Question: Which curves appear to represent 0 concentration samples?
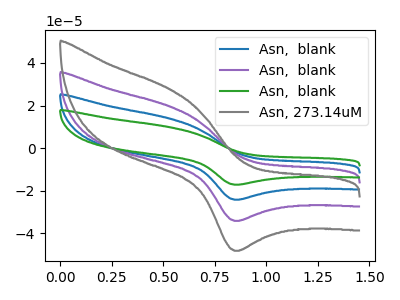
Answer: <think>The blue curve "Asn,  blank" has an anodic peak at (0.55V, 38.80uA) and a cathodic peak at (0.85V, -68.15uA). The purple curve "Asn,  blank" has an anodic peak at (0.55V, 19.40uA) and a cathodic peak at (0.85V, -34.10uA). The green curve "Asn,  blank" has an anodic peak at (0.55V, 58.20uA) and a cathodic peak at (0.85V, -102.25uA). The gray curve "Asn, 273.14uM" has an anodic peak at (0.55V, 27.40uA) and a cathodic peak at (0.85V, -48.10uA).</think>
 <answer>There are not any CV's on this graph that are likely to be blanks.</answer>
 <eval>none</eval>